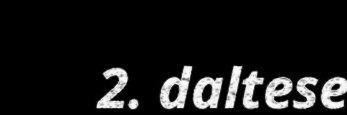
2. daltese